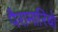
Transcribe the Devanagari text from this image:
पैरामारिबो